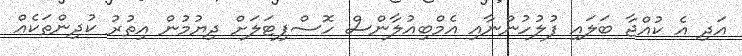
އަދި އެ ކުއްޖާ ބަލައި ފުލުހުންނާއި އެމްބިއުލާންސް ހޮސްޕިޓަލަށް ދިޔުމުން އިތުރު ކުދިންތަކެއް